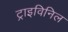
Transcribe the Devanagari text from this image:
ट्राइविनिल